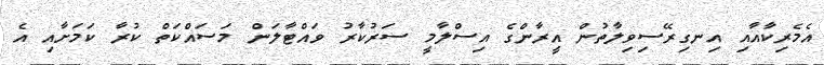
އެމެރިކާއާއި އިނގިރޭސިވިލާތުން އީރާންގެ އިސްލާމީ ސަރުކާރު ވައްޓާލަން މަސައްކަތް ކުރާ ކަމަށާއި އެ